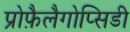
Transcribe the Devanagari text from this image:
प्रोफ़ैलैगोप्सिडी